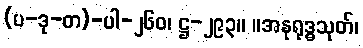
(ပ-ဒု-တ)-ပါ-၂၆၀၊ ဋ္ဌ-၂၉၃။ ။အနုရုဒ္ဓသုတ်၊